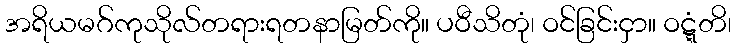
အရိယမဂ်ကုသိုလ်တရားရတနာမြတ်ကို။ ပဝီသိတုံ၊ ဝင်ခြင်းငှာ။ ဝဋ္ဋံတိ၊